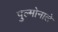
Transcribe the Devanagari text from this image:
पुल्मोनाले